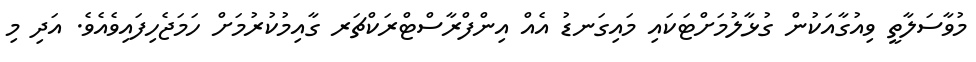
މުވާސަލާތީ ވިއުގާއަކުން ގުޅާލުމަށްޓަކައި މައިގަނޑު އެއް އިންފްރާސްޓްރަކްޗަރ ގާއިމުކުރުމަށް ހަމަޖެހިފައިވެއެވެ. އަދި މި